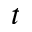
t